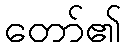
တော်၏